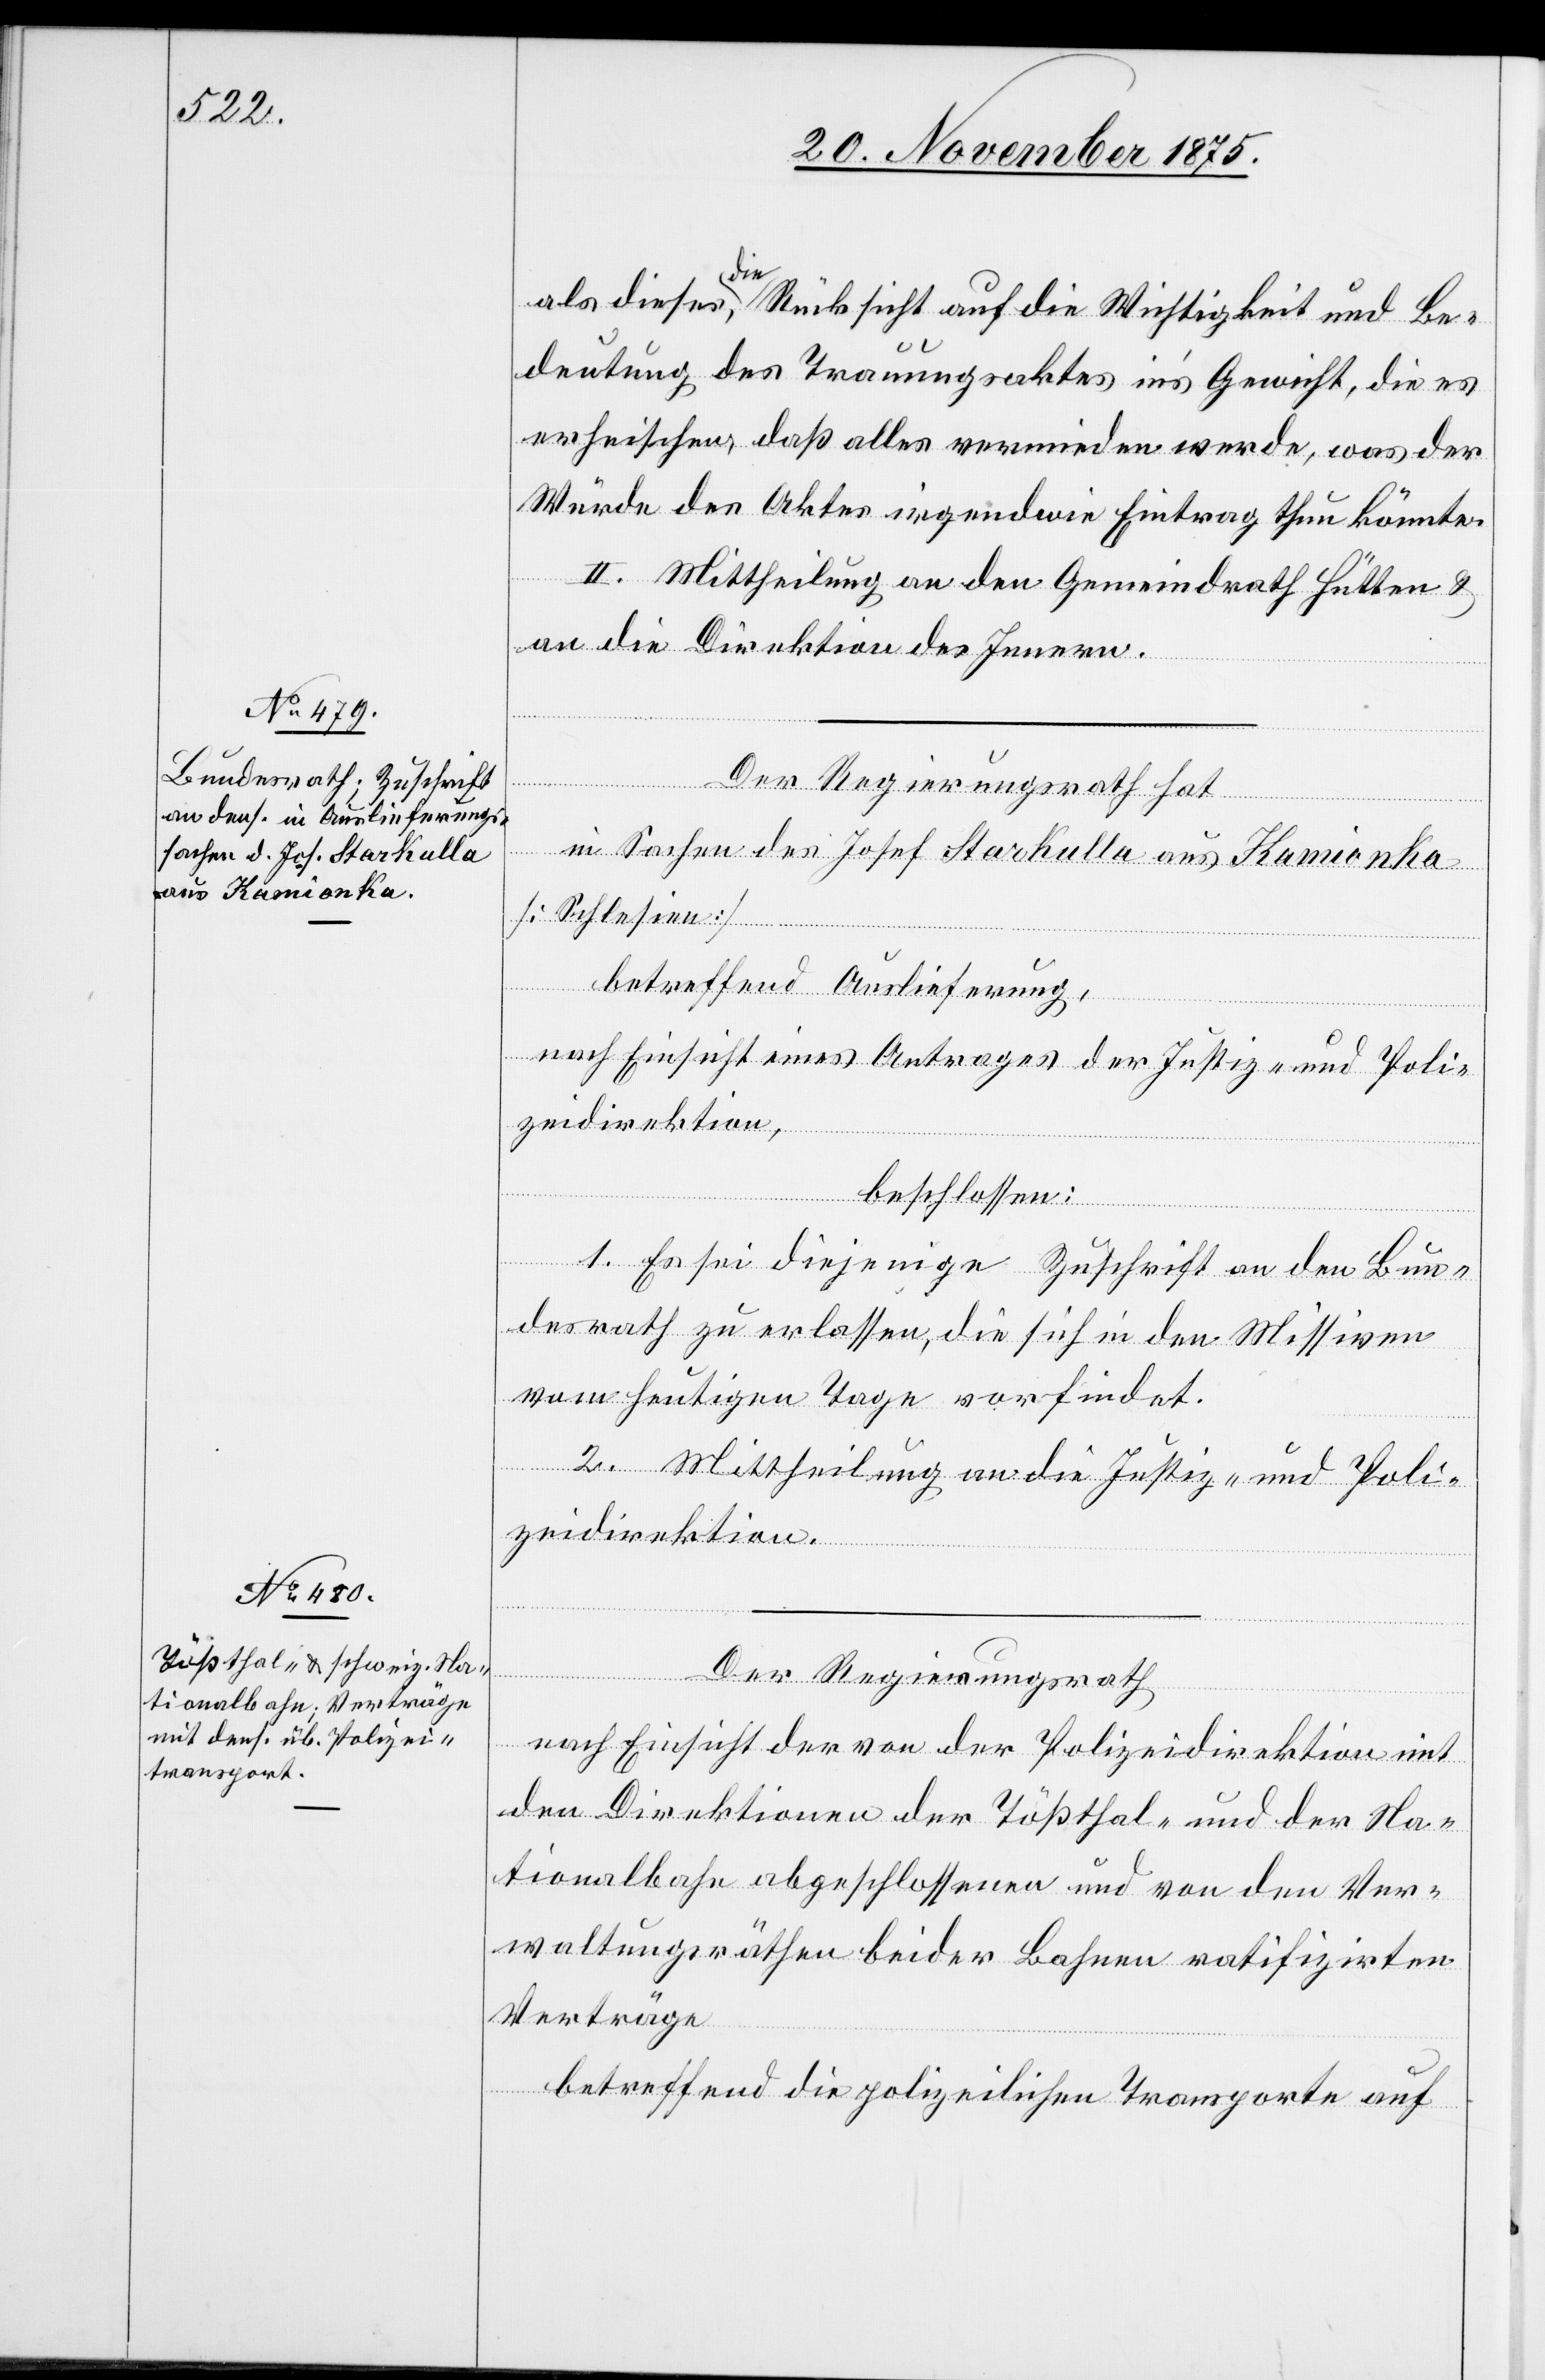
als dieses, die Rücksicht auf die Wichtigkeit und Be¬
deutung des Trauungsaktes in’s Gewicht, die es
erheischen, daß alles vermieden werde, was der
Würde des Aktes irgendwie Eintrag thun könnte.
II. Mittheilung an den Gemeindrath Hütten &
an die Direktion des Innern.
Der Regierungsrath hat
in Sachen des Josef Stackulla aus Kamionka
[Schlesien]
betreffend Auslieferung,
nach Einsicht eines Antrages der Justiz- und Poli¬
zeidirektion,
beschlossen:
1. Es sei diejenige Zuschrift an den Bun¬
desrath zu erlassen, die sich in den Missiven
vom heutigen Tage vorfindet.
2. Mittheilung an die Justiz- und Poli¬
zeidirektion.
Der Regierungsrath,
nach Einsicht der von der Polizeidirektion mit
den Direktionen der Tößthal- und der Na¬
tionalbahn abgeschlossenen und von den Ver¬
waltungsräthen beider Bahnen ratifizirten
Verträge
betreffend die polizeilichen Transporte auf